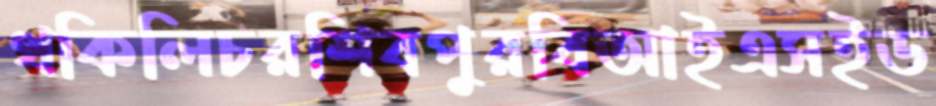
থকিলিচরশিবপুরবিআইএসইড